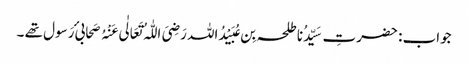
جواب : حضرتِ سَیِّدُنا طلحہ بِن عُبَیْدُاللہ رَضِیَ اللّٰہُ تَعَالٰی عَنْہُ صَحابیٔ رَسول تھے ۔